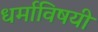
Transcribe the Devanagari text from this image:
धर्माविषयी